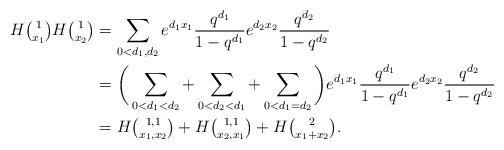
\begin{align*}H\tbinom{1}{x_1}H\tbinom{1}{x_2}&= \sum_{0<d_1,d_2} e^{d_1x_1} \frac{q^{d_1}}{1-q^{d_1}} e^{d_2x_2}\frac{q^{d_2}}{1-q^{d_2}} \\&= \bigg( \sum_{0<d_1<d_2}+\sum_{0<d_2<d_1}+\sum_{0<d_1=d_2} \bigg)e^{d_1x_1} \frac{q^{d_1}}{1-q^{d_1}} e^{d_2x_2}\frac{q^{d_2}}{1-q^{d_2}}\\&= H\tbinom{1,1}{x_1,x_2}+H\tbinom{1,1}{x_2,x_1}+H\tbinom{2}{x_1+x_2}.\end{align*}